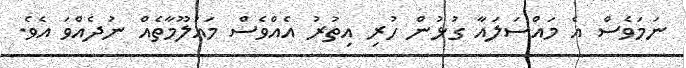
ނަމަވެސް އެ މައްސަލައާ ގުޅުން ހުރި އިތުރު އެއްވެސް މައުލޫމާތެއް ނުދެއްވަ އެވެ.